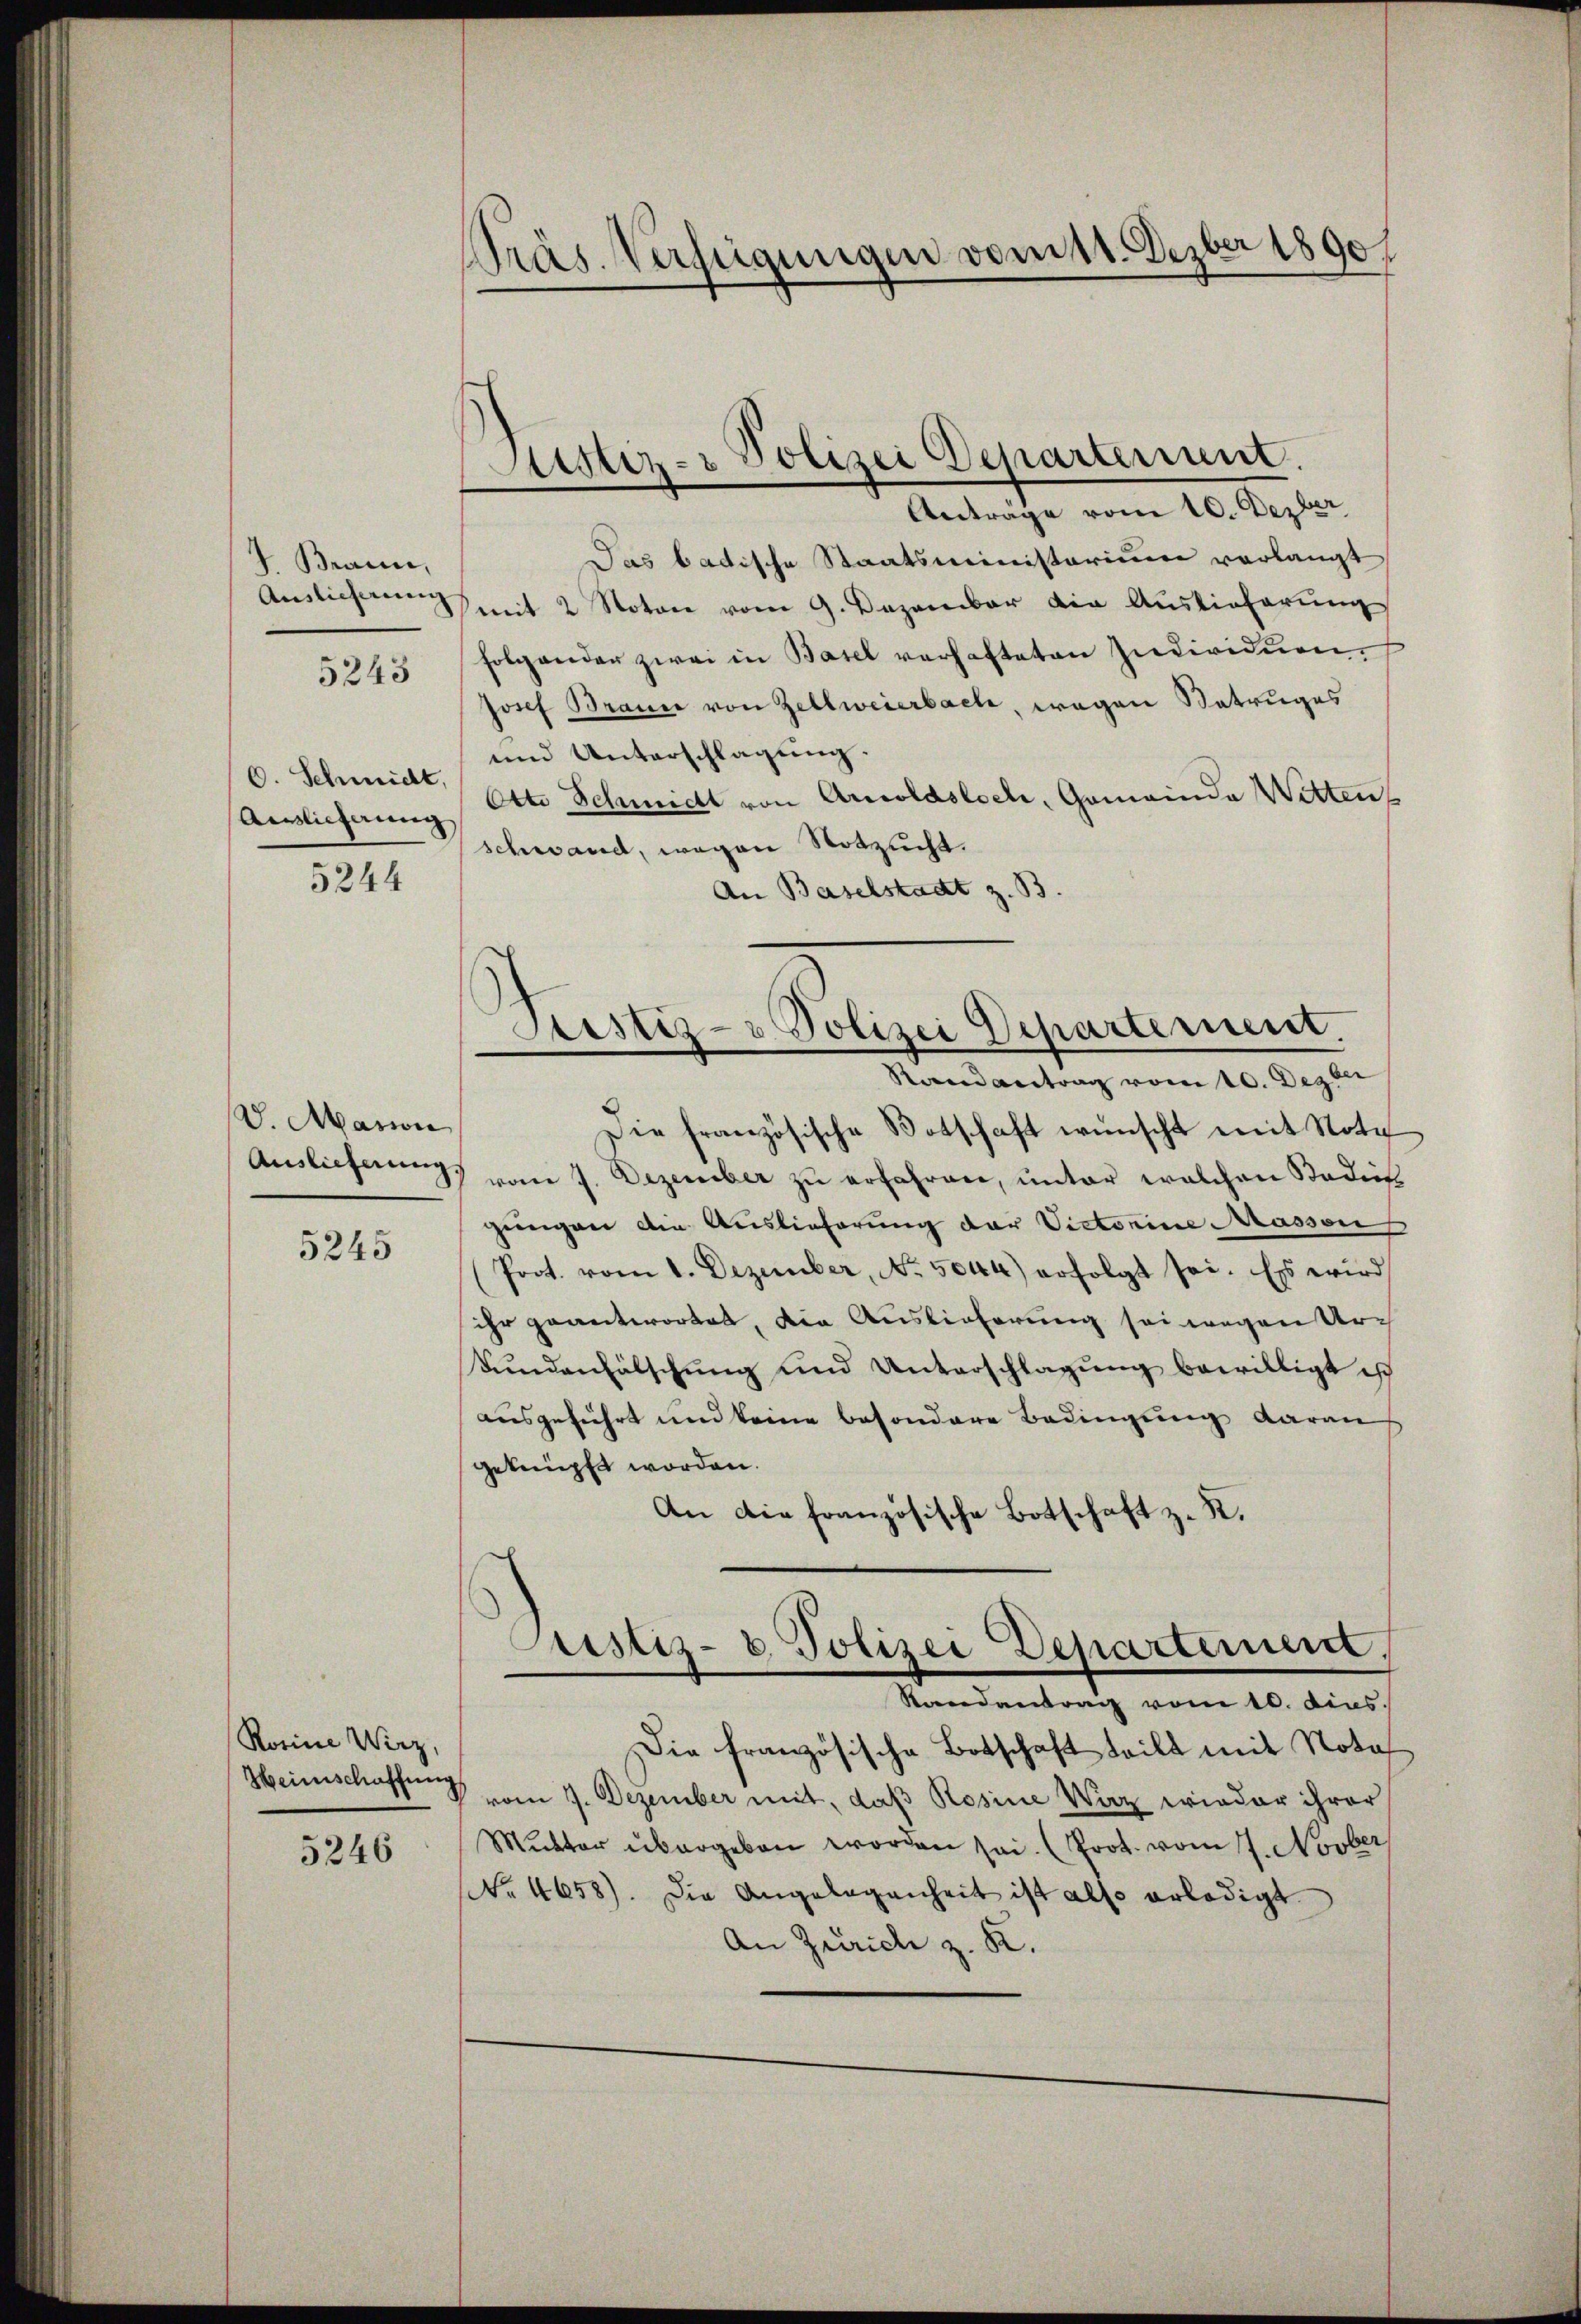
7 Braun,
5243

C. Schmidt,
Aislicherung

5244

V. Marion
Auslieferung.

5245

Rosine Wirz,
Heimschaffung

5246

Präs. Verfügungen vom 11. Dezber 1890

Das badische Staatsministerium verlangt
Auslicherung mit 2 Noton vom 9. Dezember die Auslieferung
folgender zwei in Basel verhafteten Individuen.
Josef Brance von Zellweierbach, wegen Betruges
und Unterschlagung.
Otto Schmidt von Arnoldsloch, Gemeinde Witten
schwand, wegen Notzucht.
An Baselstadt z. B.

Justiz- & Polizei Departement.
Anträge vom 10. Dezber

Justiz- & Polizei Departement.

Randantrag vom 10. Dezber
Die französische Botschaft wünscht mit Nota
vom 7. Dezember zŭ erfahren, ŭnter welchen Stadies
gungen die Auslieferung der Victorine Massen
(Prot. vom 1. Dezember, No. 5044) erfolgt sei. Es wird
ihr geantwortet, die Auslieferung sei wegen Ur¬
Sundenfälschung und Unterschlagung bewilligt ist
ausgeführt und keine besondere Bedingung daran
geknüpft worden.
An die französische Botschaft z. R.
Justiz- & Polizei Departement,
Randantrag vom 10. dies
Die französische Botschaft teilt mit Nota
vom 7. Dezember mit, daß Rosine Wirz wieder ihrer
Mŭtter übergeben worden sei. (Prot. vom 7. Novber
Nr. 4658). Die Angelegenheit ist also erledigt
An Zürich z. K.